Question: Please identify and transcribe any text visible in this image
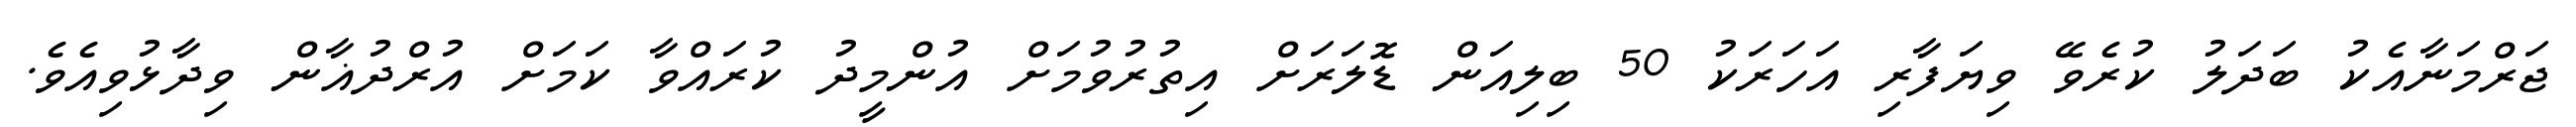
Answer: ޖަރްމަނާއެކު ބަދަލު ކުރެވޭ ވިޔަފާރި އަހަރަކު 50 ބިލިއަން ޑޮލަރަށް އިތުރުވުމަށް އުންމީދު ކުރައްވާ ކަމަށް އުރްދުޣާން ވިދާޅުވިއެވެ.